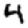
Digit: 4